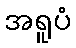
အရူပံ